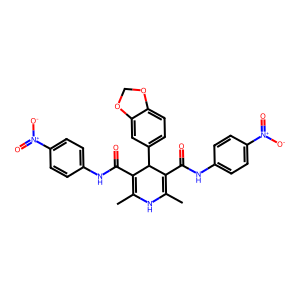
SMILES: CC1=C(C(=O)Nc2ccc([N+](=O)[O-])cc2)C(c2ccc3c(c2)OCO3)C(C(=O)Nc2ccc([N+](=O)[O-])cc2)=C(C)N1
Inhibits HIV replication: No